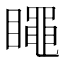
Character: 𥋝